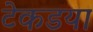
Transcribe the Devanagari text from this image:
टेकडया